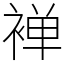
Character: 褝